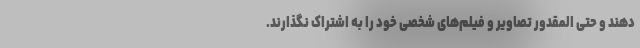
دهند و حتی المقدور تصاویر و فیلم‌های شخصی خود را به اشتراک نگذارند.